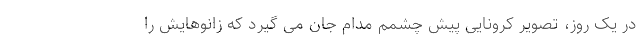
در یک روز، تصویر کرونایی پیش چشمم مدام جان می گیرد که زانوهایش را